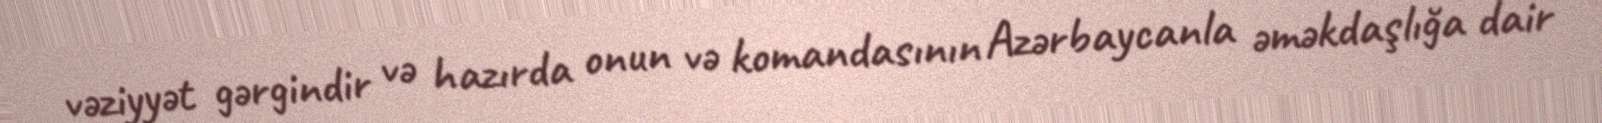
vəziyyət gərgindir və hazırda onun və komandasının Azərbaycanla əməkdaşlığa dair